Tezpur Lunatic Asylum reports 1895-1904 - 1895-1904
Year: 1895
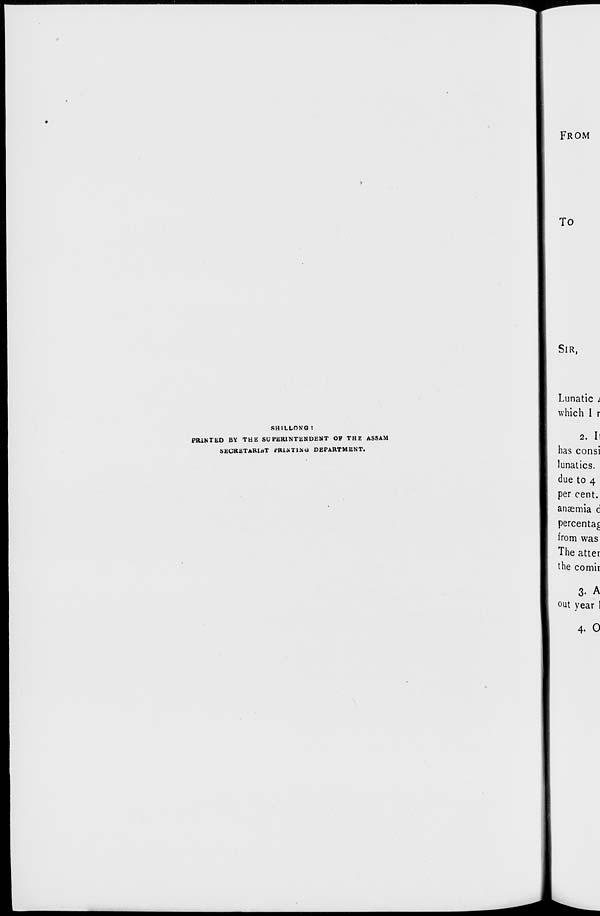
SHILLONG t
PRINTED BY THE SUPERINTENDENT OP THE ASSAM
SECRETARIAT PRINTING DEPARTMENT.